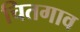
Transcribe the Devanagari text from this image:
चितगाव